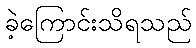
ခဲ့ကြောင်းသိရသည်